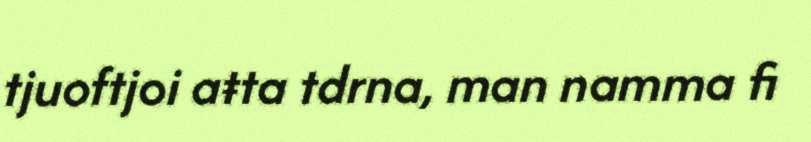
tjuoftjoi aŧta tdrna, man namma fi